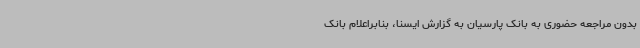
بدون مراجعه حضوری به بانک پارسیان به گزارش ایسنا، بنابراعلام بانک